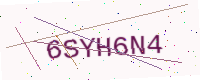
Text: 6SYH6N4